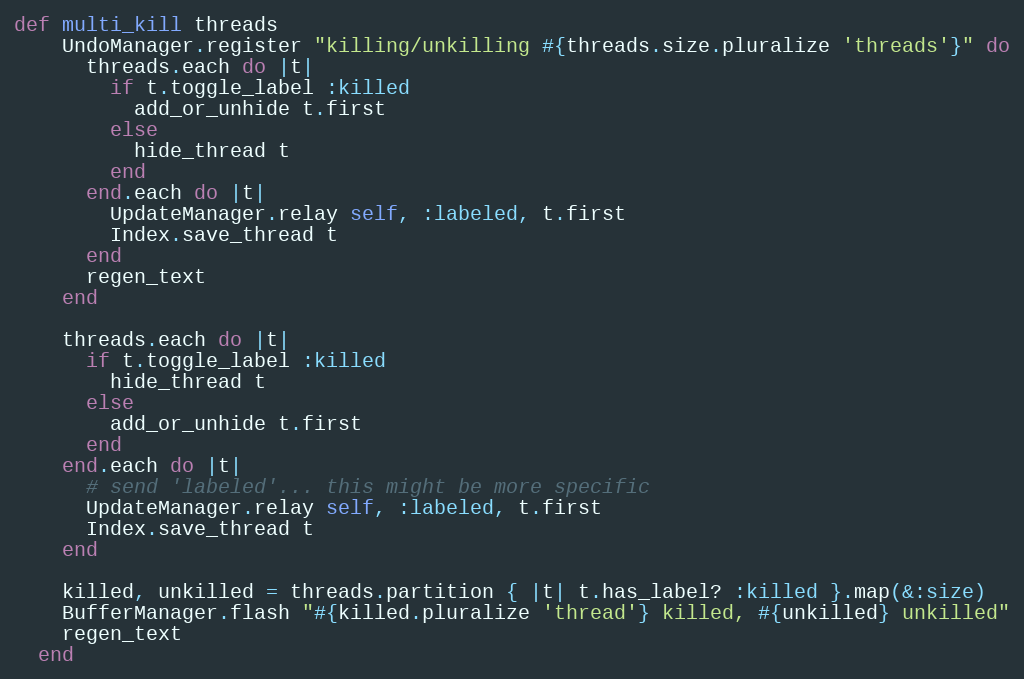
Language: Ruby
def multi_kill threads
    UndoManager.register "killing/unkilling #{threads.size.pluralize 'threads'}" do
      threads.each do |t|
        if t.toggle_label :killed
          add_or_unhide t.first
        else
          hide_thread t
        end
      end.each do |t|
        UpdateManager.relay self, :labeled, t.first
        Index.save_thread t
      end
      regen_text
    end

    threads.each do |t|
      if t.toggle_label :killed
        hide_thread t
      else
        add_or_unhide t.first
      end
    end.each do |t|
      # send 'labeled'... this might be more specific
      UpdateManager.relay self, :labeled, t.first
      Index.save_thread t
    end

    killed, unkilled = threads.partition { |t| t.has_label? :killed }.map(&:size)
    BufferManager.flash "#{killed.pluralize 'thread'} killed, #{unkilled} unkilled"
    regen_text
  end